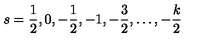
s = \frac { 1 } { 2 } , 0 , - \frac { 1 } { 2 } , - 1 , - \frac { 3 } { 2 } , \ldots , - \frac { k } { 2 }